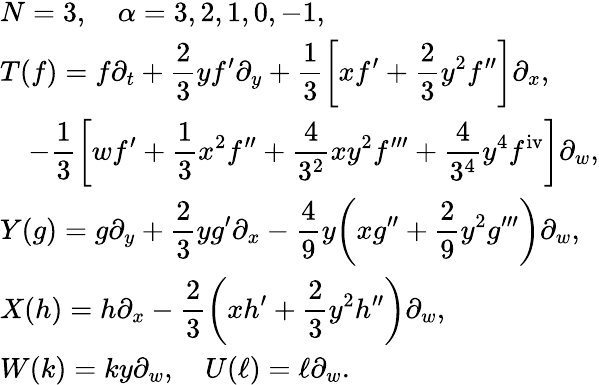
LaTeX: \begin{array}{l}{{N=3,\quad\alpha=3,2,1,0,-1,}}\\ {{\displaystyle T(f)=f\partial_{t}+\frac{2}{3}yf^{\prime}\partial_{y}+\frac{1}{3}\biggl[xf^{\prime}+\frac{2}{3}y^{2}f^{\prime\prime}\biggr]\partial_{x},}}\\ {{\displaystyle\quad-\frac{1}{3}\biggl[wf^{\prime}+\frac{1}{3}x^{2}f^{\prime\prime}+\frac{4}{3^{2}}xy^{2}f^{\prime\prime\prime}+\frac{4}{3^{4}}y^{4}f^{\mathrm{iv}}\biggr]\partial_{w},}}\\ {{\displaystyle Y(g)=g\partial_{y}+\frac{2}{3}yg^{\prime}\partial_{x}-\frac{4}{9}y\biggl(xg^{\prime\prime}+\frac{2}{9}y^{2}g^{\prime\prime\prime}\biggr)\partial_{w},}}\\ {{\displaystyle X(h)=h\partial_{x}-\frac{2}{3}\biggl(xh^{\prime}+\frac{2}{3}y^{2}h^{\prime\prime}\biggr)\partial_{w},}}\\ {{W(k)=ky\partial_{w},\quad U(\ell)=\ell\partial_{w}.}}\end{array}